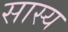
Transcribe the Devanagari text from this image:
सास्य